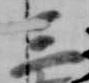
三